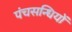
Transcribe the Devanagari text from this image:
पंचसन्धियों